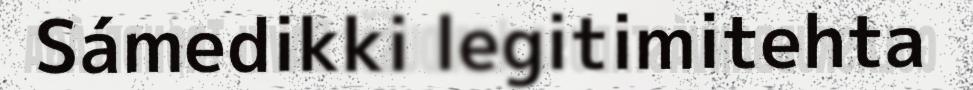
Sámedikki legitimitehta